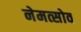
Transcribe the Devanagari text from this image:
नेमत्सोव